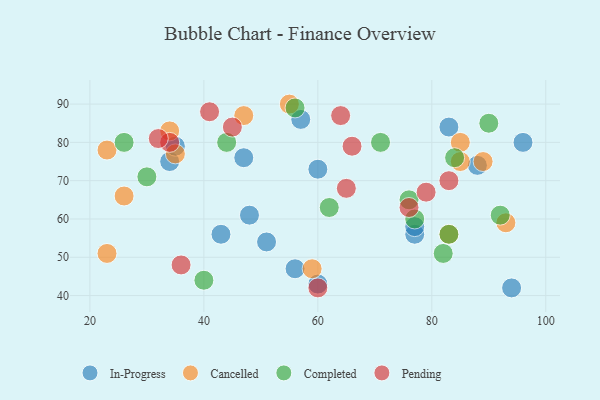
{"axis": {"x": "GDP", "y": "Life Expectancy"}, "legend": ["Cancelled", "Completed", "In-Progress", "Pending"], "data": [{"x": "94", "y": 42, "type": "In-Progress"}, {"x": "88", "y": 74, "type": "In-Progress"}, {"x": "47", "y": 76, "type": "In-Progress"}, {"x": "56", "y": 47, "type": "In-Progress"}, {"x": "77", "y": 56, "type": "In-Progress"}, {"x": "83", "y": 84, "type": "In-Progress"}, {"x": "34", "y": 75, "type": "In-Progress"}, {"x": "35", "y": 79, "type": "In-Progress"}, {"x": "43", "y": 56, "type": "In-Progress"}, {"x": "51", "y": 54, "type": "In-Progress"}, {"x": "60", "y": 43, "type": "In-Progress"}, {"x": "48", "y": 61, "type": "In-Progress"}, {"x": "96", "y": 80, "type": "In-Progress"}, {"x": "77", "y": 58, "type": "In-Progress"}, {"x": "60", "y": 73, "type": "In-Progress"}, {"x": "57", "y": 86, "type": "In-Progress"}, {"x": "55", "y": 90, "type": "Cancelled"}, {"x": "85", "y": 80, "type": "Cancelled"}, {"x": "89", "y": 75, "type": "Cancelled"}, {"x": "34", "y": 83, "type": "Cancelled"}, {"x": "59", "y": 47, "type": "Cancelled"}, {"x": "26", "y": 66, "type": "Cancelled"}, {"x": "23", "y": 51, "type": "Cancelled"}, {"x": "93", "y": 59, "type": "Cancelled"}, {"x": "85", "y": 75, "type": "Cancelled"}, {"x": "83", "y": 56, "type": "Cancelled"}, {"x": "23", "y": 78, "type": "Cancelled"}, {"x": "47", "y": 87, "type": "Cancelled"}, {"x": "35", "y": 77, "type": "Cancelled"}, {"x": "77", "y": 60, "type": "Completed"}, {"x": "71", "y": 80, "type": "Completed"}, {"x": "84", "y": 76, "type": "Completed"}, {"x": "44", "y": 80, "type": "Completed"}, {"x": "62", "y": 63, "type": "Completed"}, {"x": "56", "y": 89, "type": "Completed"}, {"x": "82", "y": 51, "type": "Completed"}, {"x": "26", "y": 80, "type": "Completed"}, {"x": "30", "y": 71, "type": "Completed"}, {"x": "76", "y": 65, "type": "Completed"}, {"x": "40", "y": 44, "type": "Completed"}, {"x": "83", "y": 56, "type": "Completed"}, {"x": "92", "y": 61, "type": "Completed"}, {"x": "90", "y": 85, "type": "Completed"}, {"x": "45", "y": 84, "type": "Pending"}, {"x": "76", "y": 63, "type": "Pending"}, {"x": "79", "y": 67, "type": "Pending"}, {"x": "36", "y": 48, "type": "Pending"}, {"x": "66", "y": 79, "type": "Pending"}, {"x": "83", "y": 70, "type": "Pending"}, {"x": "60", "y": 42, "type": "Pending"}, {"x": "34", "y": 80, "type": "Pending"}, {"x": "41", "y": 88, "type": "Pending"}, {"x": "65", "y": 68, "type": "Pending"}, {"x": "64", "y": 87, "type": "Pending"}, {"x": "32", "y": 81, "type": "Pending"}]}